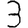
Digit: 3